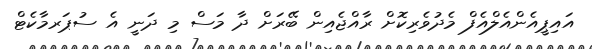
އައިޕީއެންއެލްއެފް މެދުވެރިކޮށް ރާއްޖެއިން ބޭރަށް ދާ މަސް މި ދަނީ އެ ސުޕަރމާކެޓް